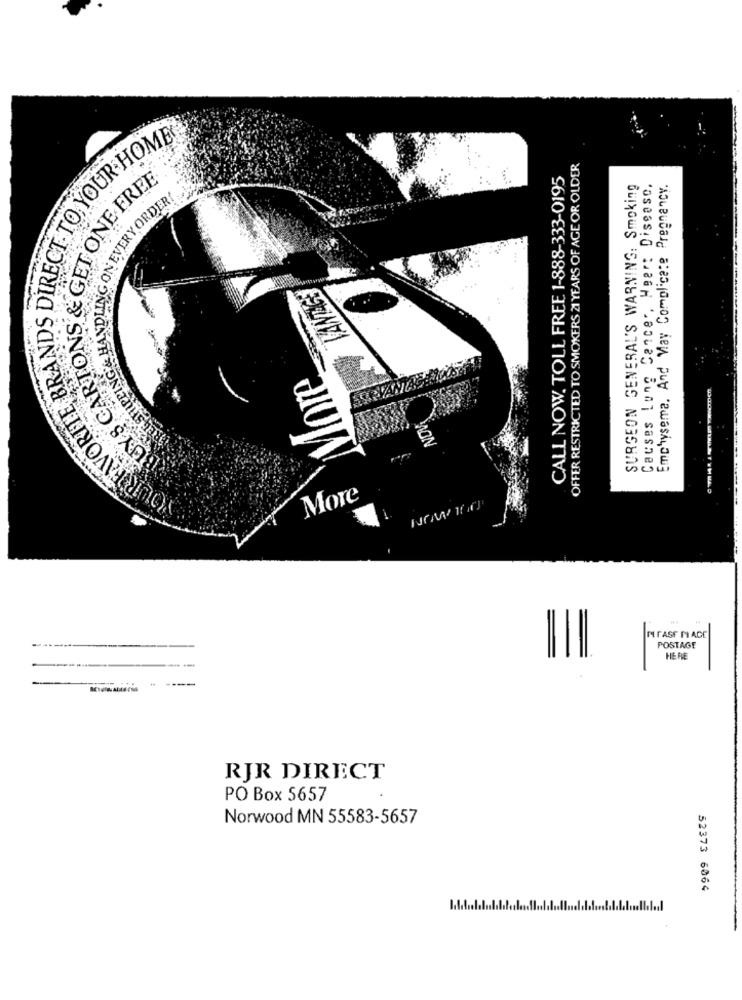
OFFER RESTRICTED TO SMOKERS 21 YEARS OF AGE OR OLDER
CALL NOW. TOLL FREE 1-888-333-0195
ONE FREE
SURGEON GENERAL'S WARNING: Smoking
Causes Lung Cancer, Heart Disease.
Emphysema. And May Complicate Pregnancy.
EC
BUYS CARTO
OUR FAVORITE BRA
More
men
NOV
More
MIFASE PIACE
POSTAGE
HE PA
----
RJR DIRECT
PO Box 5657
Norwood MN 55583-5657
52373 6064